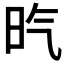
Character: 𣅠